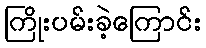
ကြိုးပမ်းခဲ့ကြောင်း